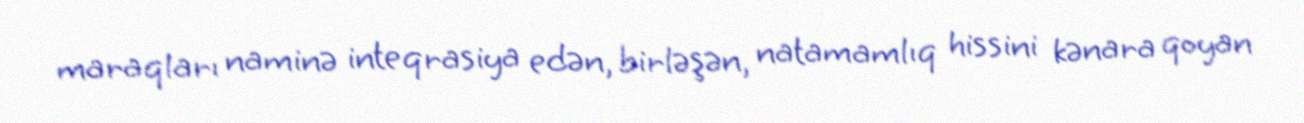
maraqları naminə inteqrasiya edən, birləşən, natamamlıq hissini kənara qoyan